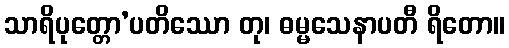
သာရိပုတ္တော’ပတိဿော တု၊ ဓမ္မသေနာပတီ ရိတော။